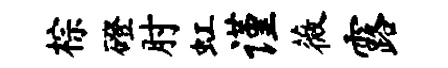
棕磴肘虹谨薇露